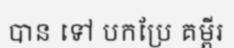
បាន ទៅ បកប្រែ គម្ពីរ